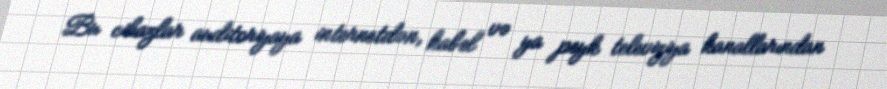
Bu cihazlar auditoriyaya internetdən, kabel və ya peyk televiziya kanallarından